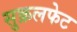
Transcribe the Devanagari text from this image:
सुक्रलफेट